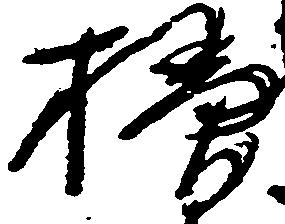
掃